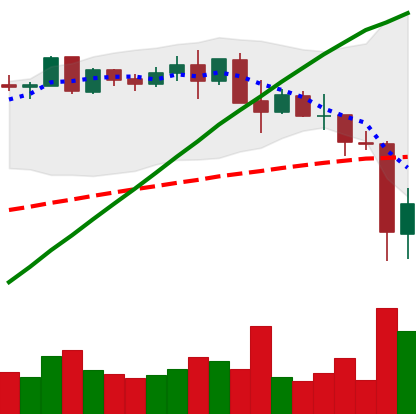
Ticker: BNB-USD
Chart end date: 2021-05-20
Forward return: -12.575%
Label: down_7plus